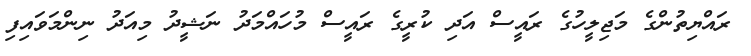
ރައްޔިތުންގެ މަޖިލީހުގެ ރައީސް އަދި ކުރީގެ ރައީސް މުހައްމަދު ނަޝީދު މިއަދު ނިންމަވައިފި